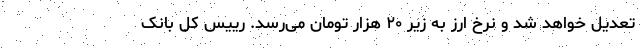
تعدیل خواهد شد و نرخ ارز به زیر ۲۰ هزار تومان می‌رسد. رییس کل بانک